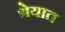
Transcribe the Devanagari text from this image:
श्रेयात